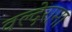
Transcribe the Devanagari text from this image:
वल्देरामा